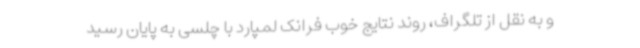
و به نقل از تلگراف، روند نتایج خوب فرانک لمپارد با چلسی به پایان رسید